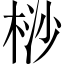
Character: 桫